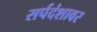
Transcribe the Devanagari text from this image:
सर्पदंशावर